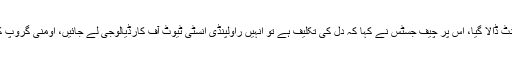
اومنی گروپ کے وکیل نے عدالت کو بتایا کہ انور مجید کو 1999 میں امریکا میں دل کا اسٹنٹ ڈالا گیا، اس پر چیف جسٹس نے کہا کہ دل کی تکلیف ہے تو انہیں راولپنڈی انسٹی ٹیوٹ آف کارڈیالوجی لے جائیں، اومنی گروپ کے وکیل نے کہا کہ کیا وجہ ہےعدالت 77 سالہ آدمی کی میڈیکل رپورٹ پر یقین نہیں کرتی؟